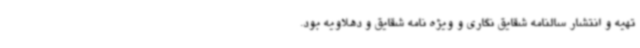
تهیه و انتشار سالنامه شقایق نگاری و ویژه نامه شقایق و دهلاویه بود.